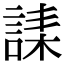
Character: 䛶